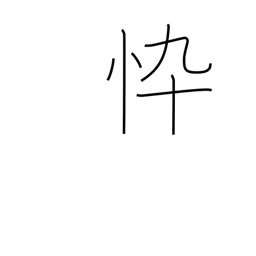
Meaning: haggard